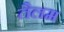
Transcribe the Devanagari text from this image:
तैलम